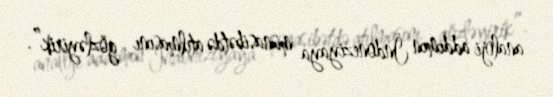
analoji addımın İndoneziyaya münasibətdə atılmasını gözləyirik”.